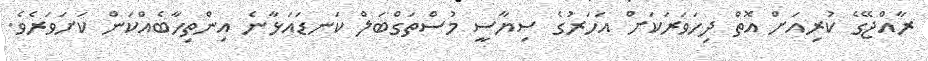
ރާއްޖޭގެ ކުރިއަށް އޮތް ދިހަވަރަކަށް އަހަރުގެ ސިޔާސީ މުސްތަގްބަލް ކަނޑައަޅާނެ އިންތިހާބެއްކަން ކަށަވަރެވެ.